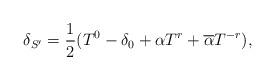
LaTeX: \begin{align*}\delta_{S'}=\frac{1}{2}(T^0-\delta_0+\alpha T^r+\overline\alpha T^{-r}),\end{align*}